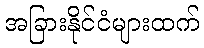
အခြားနိုင်ငံများထက်